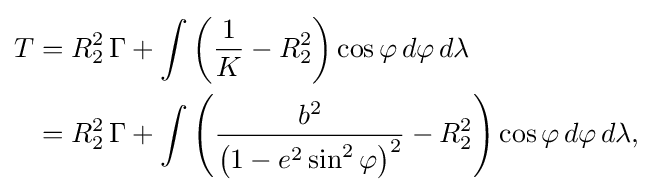
{\begin{aligned}T&=R_{2}^{2}\,\Gamma +\int \left({\frac {1}{K}}-R_{2}^{2}\right)\cos \varphi \,d\varphi \,d\lambda \\&=R_{2}^{2}\,\Gamma +\int \left({\frac {b^{2}}{{\bigl (}1-e^{2}\sin ^{2}\varphi {\bigr )}^{2}}}-R_{2}^{2}\right)\cos \varphi \,d\varphi \,d\lambda ,\end{aligned}}